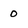
Character: 0